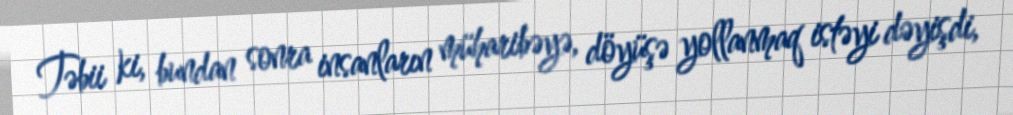
Təbii ki, bundan sonra insanların müharibəyə, döyüşə yollanmaq istəyi dəyişdi,